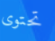
تحتوى